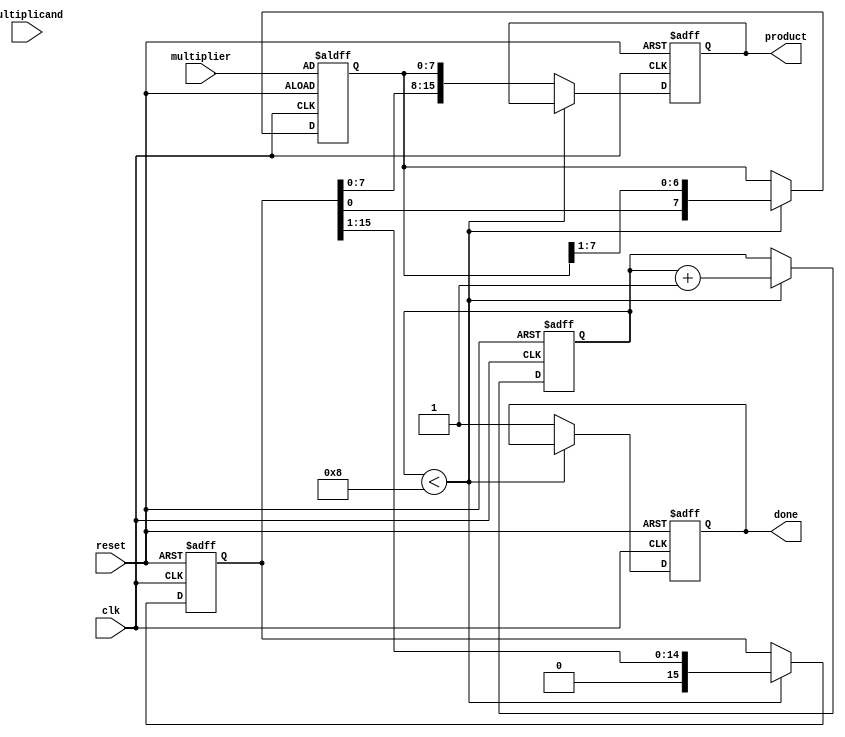
module booth_multiplier (
    input wire clk,
    input wire reset,
    input wire [7:0] multiplicand, // 8-bit multiplicand
    input wire [7:0] multiplier,    // 8-bit multiplier
    output reg [15:0] product,      // 16-bit product
    output reg done                 // Indicates completion of multiplication
);

    reg [15:0] A;                   // Accumulator
    reg [7:0] Q;                    // Multiplier
    reg Q_1;                        // Previous LSB of Q
    reg [3:0] count;                // Iteration counter

    always @(posedge clk or posedge reset) begin
        if (reset) begin
            A <= 16'b0;             // Initialize A to 0
            Q <= multiplier;        // Load multiplier
            Q_1 <= 1'b0;            // Initialize Q-1 to 0
            count <= 4'b0;          // Reset iteration counter
            product <= 16'b0;       // Clear product
            done <= 1'b0;           // Not done yet
        end else if (count < 8) begin // Assuming 8-bit multiplier
            case ({Q[0], Q_1})
                2'b01: A <= A + {8'b0, multiplicand}; // A = A + M
                2'b10: A <= A - {8'b0, multiplicand}; // A = A - M
                default: ; // Do nothing
            endcase

            // Arithmetic right shift
            {A, Q} <= {A, Q} >> 1; // Shift A and Q together
            Q_1 <= Q[0];           // Update Q-1 with the previous LSB of Q
            count <= count + 1;    // Increment the count
        end else begin
            product <= {A, Q};      // Combine A and Q for final product
            done <= 1'b1;           // Indicate multiplication is done
        end
    end
endmodule